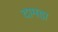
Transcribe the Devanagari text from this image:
दामडा